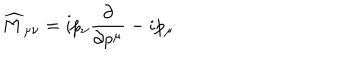
\widehat { M } _ { \mu \nu } = i p _ { \nu } \frac { \partial } { \partial p ^ { \mu } } - i p _ { \mu }